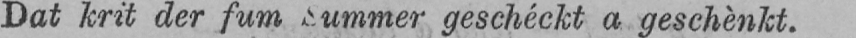
geschéckt a geschènkt.